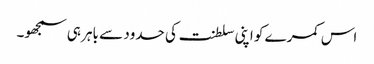
اس کمرے کو اپنی سلطنت کی حدود سے باہر ہی سمجھو۔